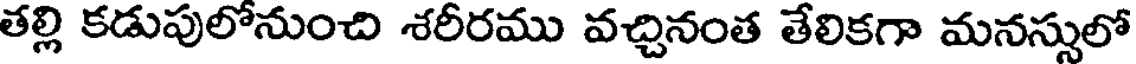
తల్లి కడుపులోనుంచి శరీరము వచ్చినంత తేలికగా మనస్సులో